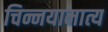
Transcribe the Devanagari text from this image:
चिन्नयामात्य